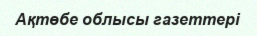
Ақтөбе облысы газеттері